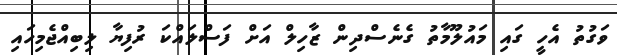
ވަގުތު އެހީ ގައި މައުލޫމާތު ގެނެސްދިން ޒާހިލް އަށް ފަސްލައްކަ ރުފިޔާ ލިބިއްޖެމިހައި